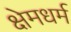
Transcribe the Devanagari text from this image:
क्षेमधर्म